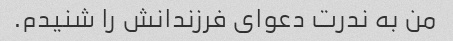
من به ندرت دعوای فرزندانش را شنیدم.